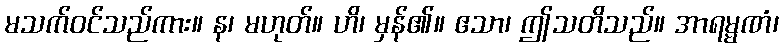
မသက်ဝင်သည်ကား။ န၊ မဟုတ်။ ဟိ၊ မှန်၏။ ဧသာ၊ ဤသတိသည်။ အာရမ္မဏံ၊